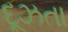
દૂઝતા